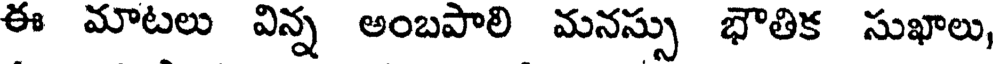
ఈ మాటలు విన్న అంబపాలి మనస్సు భౌతిక సుఖాలు,